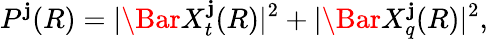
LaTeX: P^{\mathbf{j}}(R)=|\Bar{X}_{t}^{\mathbf{j}}(R)|^{2}+|\Bar{X}_{q}^{\mathbf{j}}(R)|^{2},